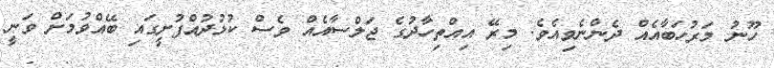
ހޫނު މަރުހަބާއެއް ދެންނެވިއެވެ. މިރޭ އިއްތިހާދުގެ ޖަލްސާއެއް ވެސް ކުޅުދުއްފުށީގައި ބޭއްވުމަށް ވަނީ